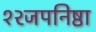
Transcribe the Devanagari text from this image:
१२जपनिष्ठा